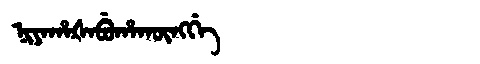
Manchu: ᠨᡳᠶᠠᡥᠠᡧᠠᠪᡠᡥᠠᡴᡡᠩᡤᡝ
Romanization: NIYAHAŠABUHAKŪNGGE